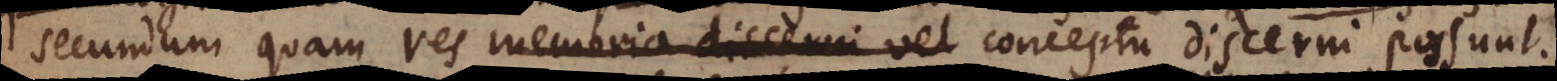
secundum quam res memoria discerni vel conceptu discerni possunt.